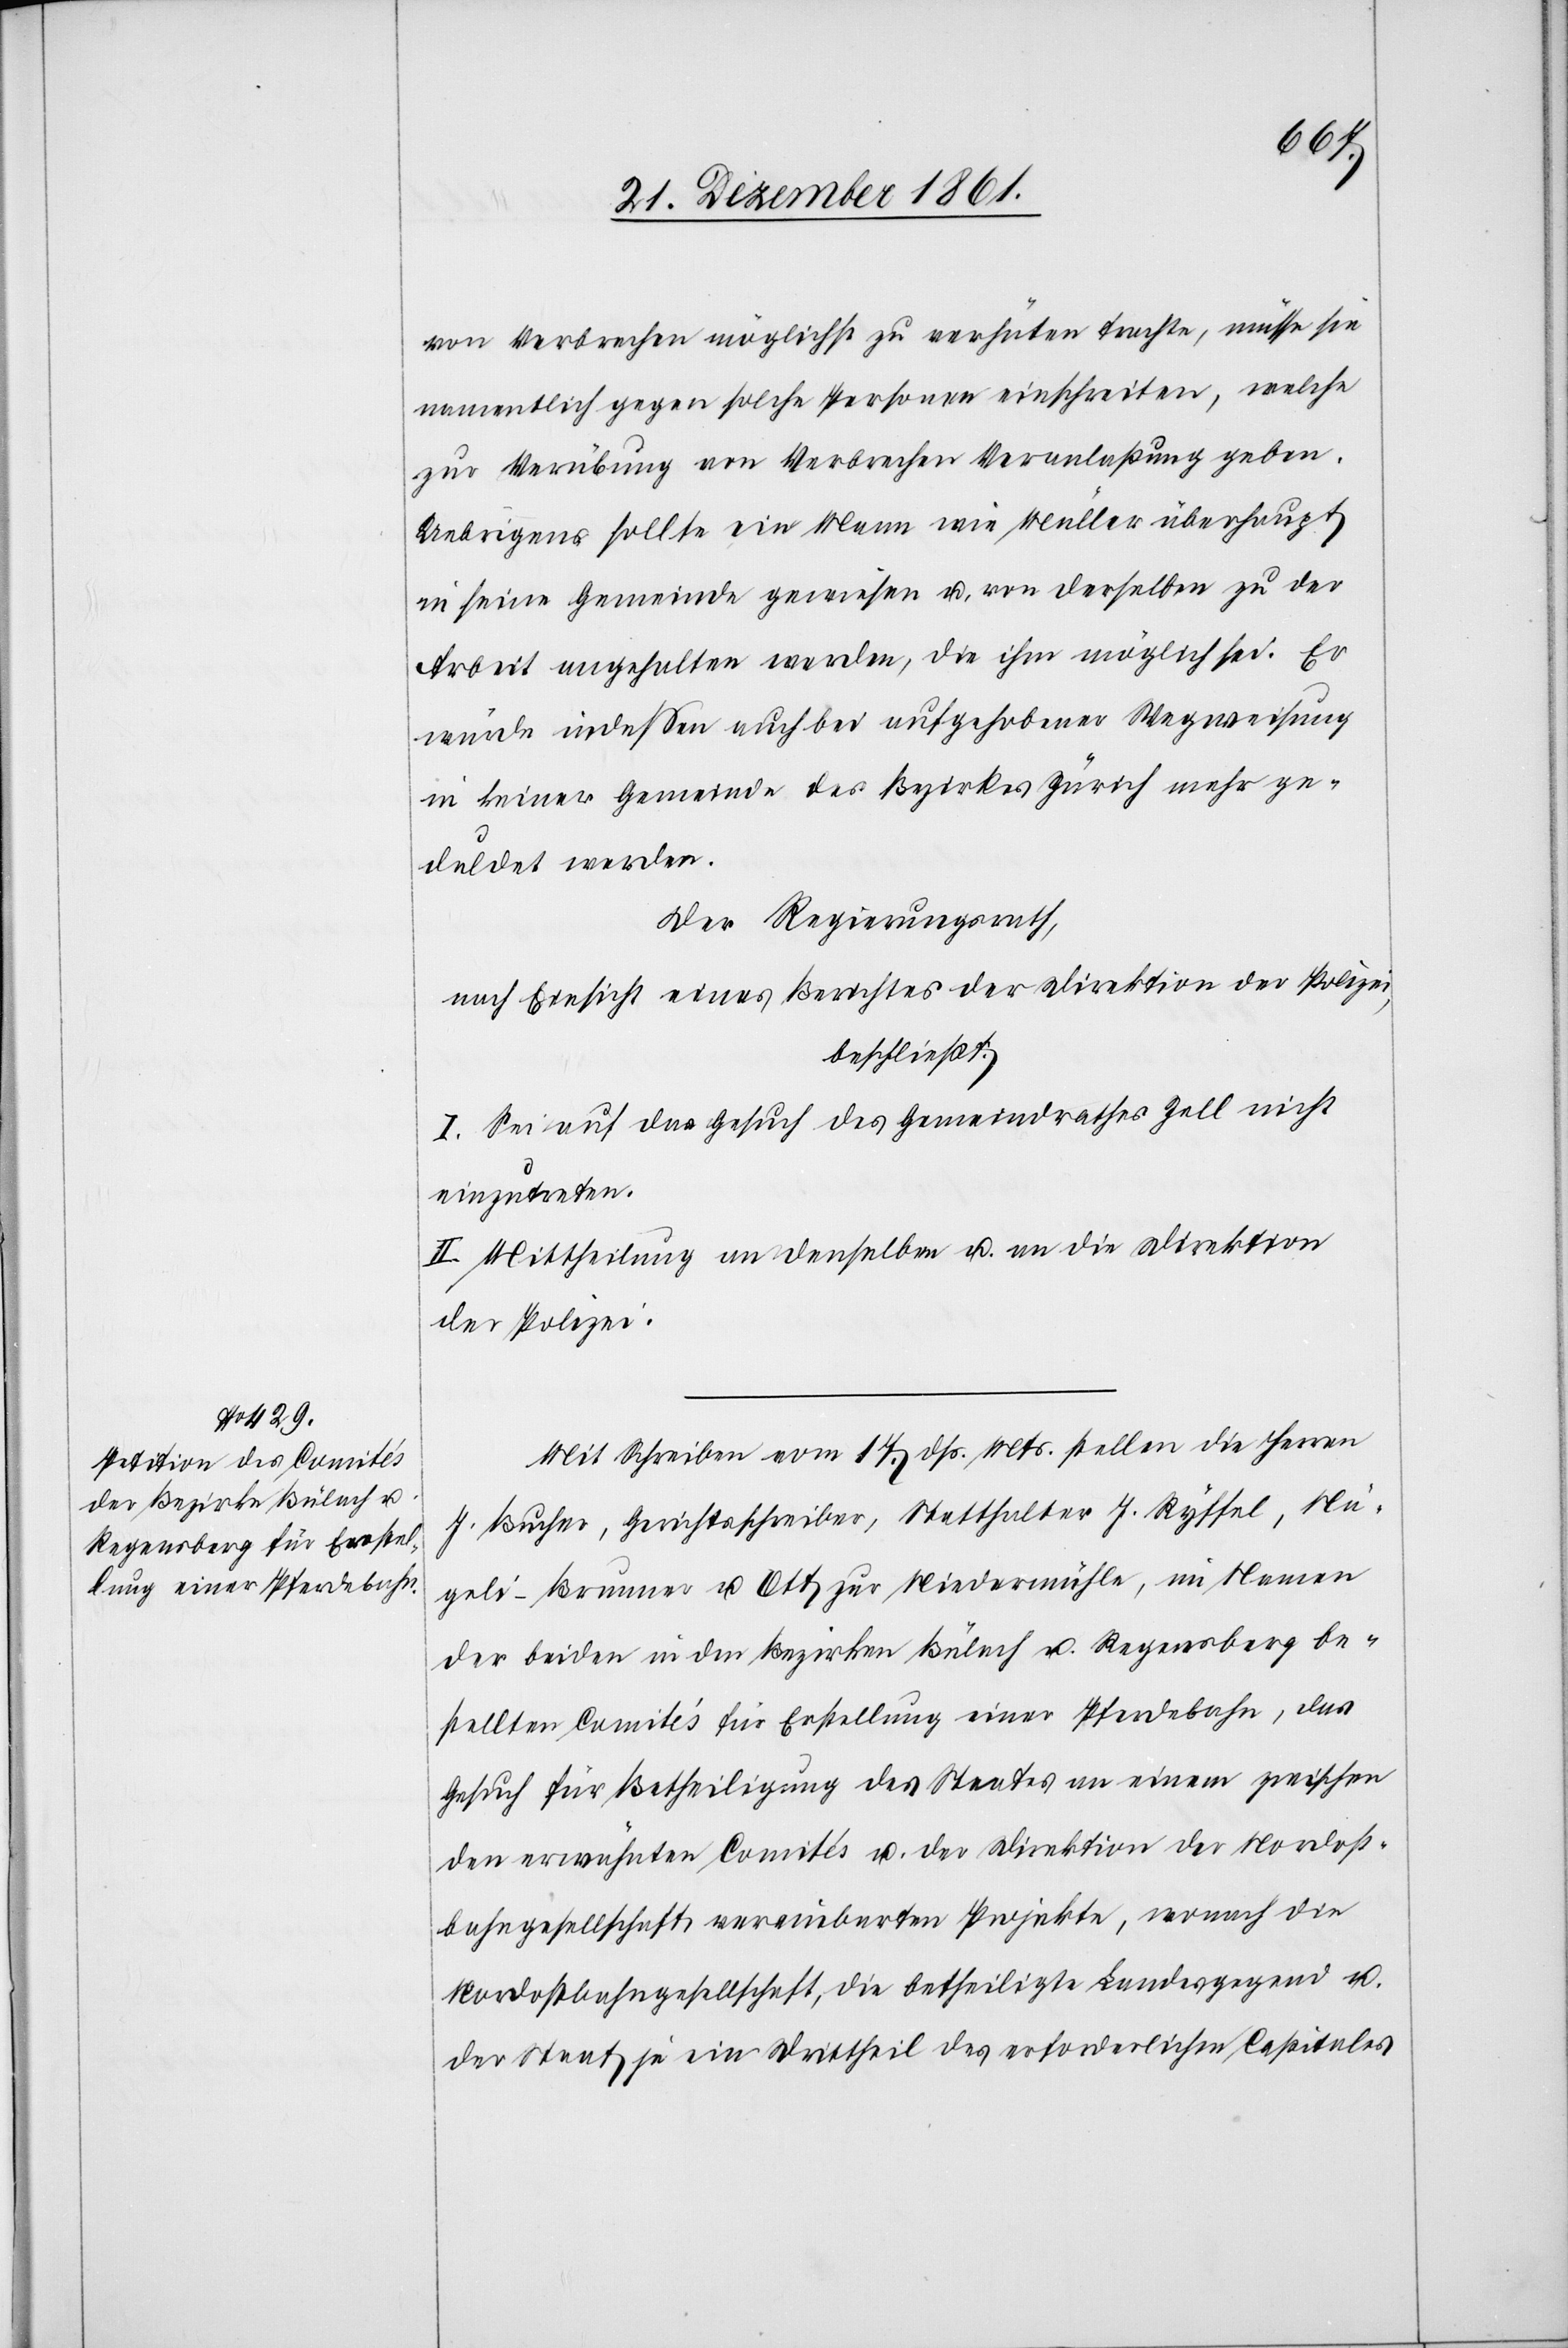
von Verbrechen möglichst zu verhüten trachte, müsse sie
namentlich gegen solche Personen einschreiten, welche
zur Verübung von Verbrechen Veranlaßung geben.
Uebrigens sollte ein Mann wie Müller überhaupt
in seine Gemeinde gewiesen u. von derselben zu der
Arbeit angehalten werden, die ihm möglich sei. Er
würde indessen auch bei aufgehobener Wegweisung
in keiner Gemeinde des Bezirkes Zürich mehr ge¬
duldet werden.
Der Regierungsrath,
nach Einsicht eines Berichtes der Direktion der Polizei,
beschließt:
I. Sei auf das Gesuch des Gemeindrathes Zell nicht
einzutreten.
II. Mittheilung an denselben u. an die Direktion
der Polizei.
Mit Schreiben vom 17 dss. Mts. stellen die Herren
J. Bucher, Gerichtsschreiber, Statthalter J. Ryffel, Nä¬
geli-Brunner u. Ott zur Niedermühle, im Namen
der beiden in den Bezirken Bülach u. Regensberg be¬
stellten Comités für Erstellung einer Pferdebahn, das
Gesuch für Betheiligung des Staates an einen zwischen
den erwähnten Comités u. der Direktion der Nordost¬
bahngesellschaft vereinbarten Projekte, wonach die
Nordostbahngesellschaft, die betheiligte Landesgegend u.
der Staat je ein Drittheil des erforderlichen Capitales